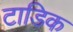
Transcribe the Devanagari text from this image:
टाडिक